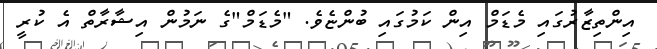
އިންތިޒާރުގައި މެޑަމް އިން ކަމުގައި ބުންޏެވެ. "މެޑަމް"ގެ ނަމުން އިޝާރާތް އެ ކުރީ